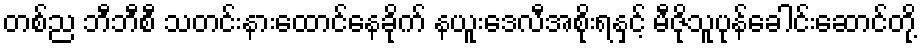
တစ်ည ဘီဘီစီ သတင်းနားထောင်နေခိုက် နယူးဒေလီအစိုးရနှင့် မီဇိုသူပုန်ခေါင်းဆောင်တို့